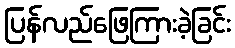
ပြန်လည်ဖြေကြားခဲ့ခြင်း